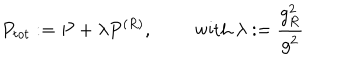
P _ { t o t } : = P + \lambda P ^ { ( R ) } , \qquad \textrm { w i t h } \lambda : = \frac { g _ { R } ^ { 2 } } { g ^ { 2 } }